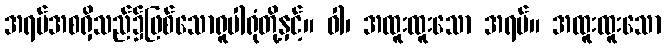
အရပ်အစရှိသည်၌ဖြစ်သောရူပါရုံတို့နှင့်။ ဝါ၊ အထူးထူးသော အရပ်။ အထူးထူးသော